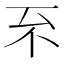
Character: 𠀚